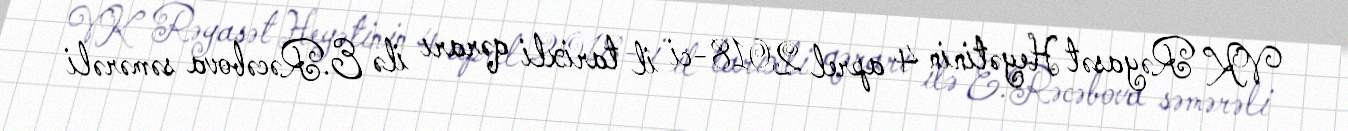
VK Rəyasət Heyətinin 4 aprel 2018-ci il tarixli qərarı ilə E.Rəcəbova səmərəli